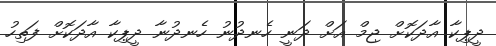
ދީޕިކާ އާދަކޮށް ޖިމް އަށް ދަނީ ހެނދުނު ހެނދުނާ ދީޕިކާ އާދަކޮށް ފަތިހު